Madras plague regulations in force outside the Presidency town - Volume 1
Disease focus: Plague
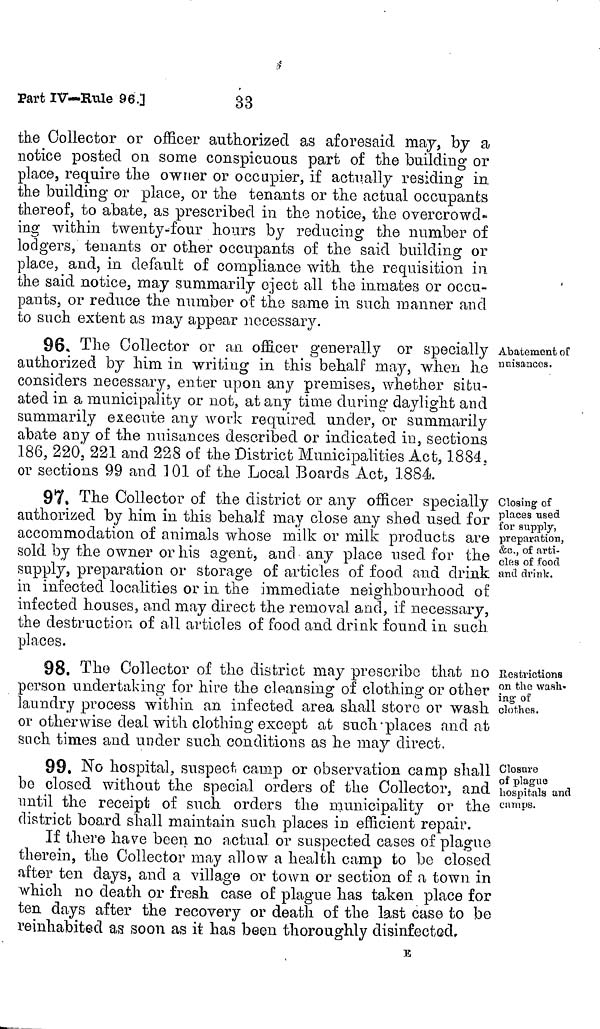
33
Part IV—Rule 96. ]
the Collector or officer authorized as aforesaid may, by a
notice posted on some conspicuous part of the building or
place, require the owner or occupier, if actually residing in.
the building or place, or the tenants or the actual occupants
thereof, to abate, as prescribed in the notice, the overcrowd-
ing within twenty-four hours by reducing the number of
lodgers, tenants or other occupants of the said building or
place, and, in default of compliance with the requisition in
the said notice, may summarily eject all the inmates or occu-
pants, or reduce the number of the same in such manner and
to such extent as may appear necessary.
Abatement of
nuisances.
96. The Collector or an officer generally or specially
authorized by him in writing in this behalf may, when he
considers necessary, enter upon any premises, whether situ-
ated in a municipality or not, at any time during daylight and
summarily execute any work required under, or summarily
abate any of the nuisances described or indicated in, sections
186, 220, 221 and 228 of the District Municipalities Act, 1884,
or sections 99 and 101 of the Local Boards Act, 1884.
Closing of
places used
for supply,
preparation,
&c., of arti-
cles of food
and drink.
97. The Collector of the district or any officer specially
authorized by him in this behalf may close any shed used for
accommodation of animals whose milk or milk products are
sold by the owner or his agent, and any place used for the
supply, preparation or storage of articles of food and drink
in infected localities or in the immediate neighbourhood of
infected houses, and may direct the removal and, if necessary,
the destruction of all articles of food and drink found in such
places.
Restrictions
on the wash-
ing of
clothes.
98. The Collector of the district may prescribo that no
person undertaking for hire the cleansing of clothing or other
laundry process within an infected area shall store or wash
or otherwise deal with clothing except at such places and at
such times and under such, conditions as he may direct.
Closure
of plague
hospitals and
camps.
99. No hospital, suspect camp or observation camp shall
be closed without the special orders of the Collector, and
until the receipt of such orders the municipality or the
district board shall maintain such places in efficient repair.
If there have been no actual or suspected cases of plague
therein, the Collector may allow a health camp to be closed
after ten days, and a village or town or section of a town in
which no death or fresh case of plague has taken place for
ten days after the recovery or death of the last case to be
reinhabited as soon as it has been thoroughly disinfected,
E